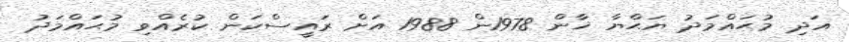
އަދި މުޙައްމަދު ޔަޙްޔާ ޚާން 1978ން 1988 އަށް ރައީސްކަން ކުރެއްވި މުޙައްމަދު